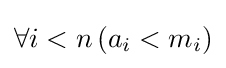
\forall i<n\left(a_{i}<m_{i}\right)